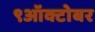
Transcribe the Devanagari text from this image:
९ऑक्टोबर